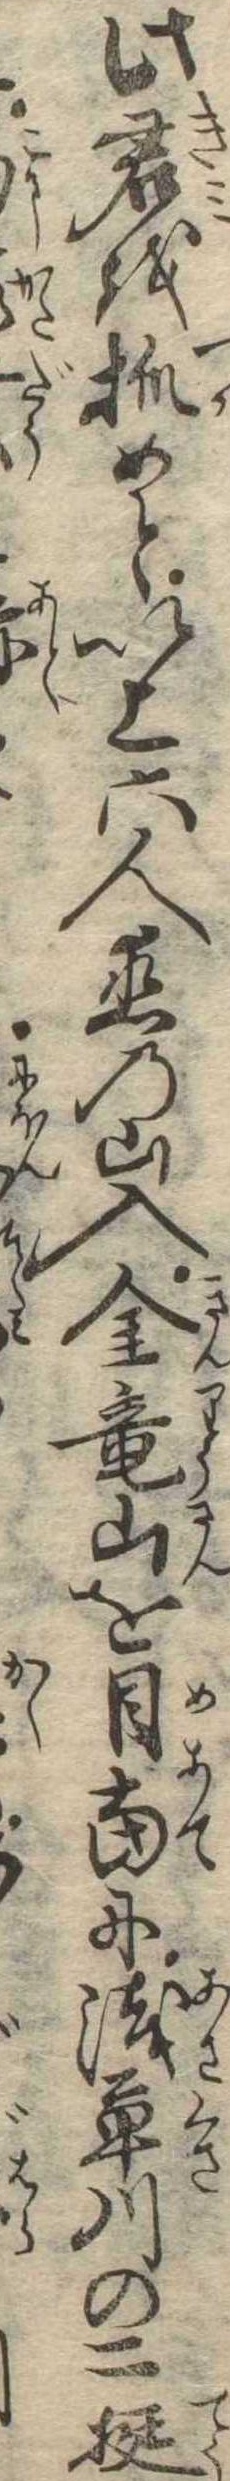
此君を抓めと以上六人恋の山入金竜山を目当に浅草川の二挺